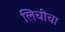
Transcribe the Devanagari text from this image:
लिचीचा